Annual report of the Bengal Veterinary College and of the Civil Veterinary Department, Bengal, for the year 1913-1914 - 1913-1914
Year: 1913
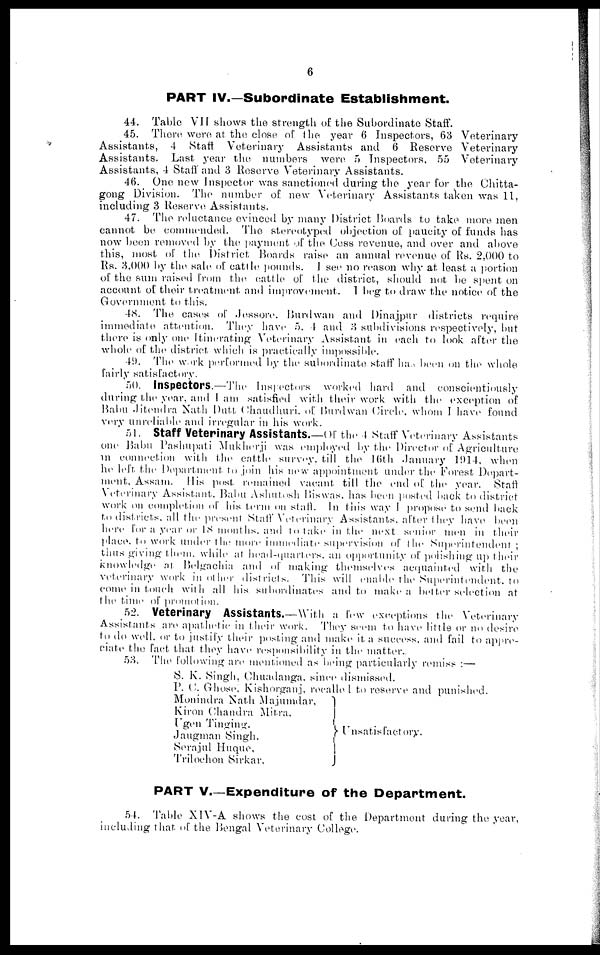
6
PART IV.—Subordinate Establishment.
44. Table VII shows the strength of the Subordinate Staff.
45. There were at the close of the year 6 Inspectors, 63 Veterinary
Assistants, 4 Staft Veterinary Assistants and 6 Reserve Veterinary
Assistants. Last year the numbers were 5 Inspectors, 55 Veterinary
Assistants, 4 Staff and 3 Reserve Veterinary Assistants.
46. One new Inspector was sanctioned during the year for the Chitta-
gong Division. The number of new Veterinary Assistants taken was 11,
including 3 Reserve Assistants.
47. The reluctance evinced by many District Boards to take more men
cannot be commended. The stereotyped objection of paucity of funds has
now been removed by the payment of the (Jess revenue, and over and above
this, most of the District Hoards raise an annual revenue of Rs. 2,000 to
Rs. 3,000 by the sale of cattle pounds. I see no reason why at least a portion
of the sum raised from the cattle of the district, should not be spent on
account of their treatment and improvement. I beg to draw the notice of the
Government to this.
48. The cases of Jessore. Burdwan and Dinajpur districts require
immediate attention. They have 5, 4 and 3 subdivisions respectively, but
there is only one Itinerating Veterinary Assistant in each to look after the
whole of the district which is practically impossible.
49. The work performed by the subordinate staff ha.> been on the whole
fairly satisfactory.
50. Inspectors.—The Inspectors worked hard and conscientiously
during the year, and I am satisfied with their work with the exception of
Babu Jitendra Nath Dutt Chaudhuri. of Burdwan Circle, whom I have found
very unreliable and irregular in his work.
51. Staff Veterinary Assistants.—Of the 4 Staff Veterinary Assistants
one Babu Pashupati Mukherji was employed by the Director of Agriculture
in connection with the cattle survey, till the 16th January 1914, when
he left the Department to join his new appointment under the Forest Depart-
ment, Assam. His post remained vacant till the end of the year. Staff
Veterinary Assistant, Babu Ashutosh Biswas, has been posted back to district
work on completion of his term on staff. In this way I propose to send back
to districts all the present Staff Veterinary Assistants, after they have been
here for a year or 18 months, and to take in the next senior men in their
place to work under the more immediate supervision of the Superintendent ;
thus giving them while at head-quarters, an opportunity of polishing up their
knowledge at Belgachia and of making themselves acquainted with the
veterinary work in other districts. This will enable the Superintendent to
come in touch with all his subordinates and to make a better selection at
the time of promotion.
52. Veterinary Assistants.—With a few exceptions the Veterinary
Assistants are apathetic in their work. They seem to have little or no desire
to do well or to justify their posting and make it a success and fail to appre-
ciate the fact that they have responsibility in the matter.
53. The following are mentioned as being particularly remiss :—
S. K. Singh, Chuadanga. since dismissed.
P. C. Ghose Kishorganj, recalle I to reserve and punished.
Monindra Nath Majumdar,
Kiron Chandra Mitra.
Ugen Tinging.
Jaugman Singh.
Serajul Huque,
Trilochon Sirkar,
Unsatisfactory.
PART V.—Expenditure of the Department.
54. Table XIV-A shows the cost of the Department during the year,
including that of the Bengal Veterinary College.